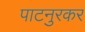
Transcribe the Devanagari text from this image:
पाटनुरकर